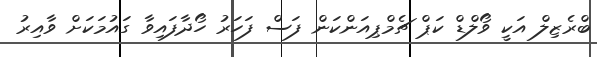
ބްރެޒިލް އަކީ ވޯލްޑް ކަޕް ޗެމްޕިއަންކަން ފަސް ފަހަރު ހޯދާފައިވާ ގައުމަކަށް ވާއިރު